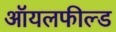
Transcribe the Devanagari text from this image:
ऑयलफील्ड